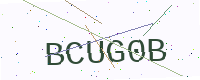
Text: BCUG0B